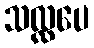
သလ္လပေ